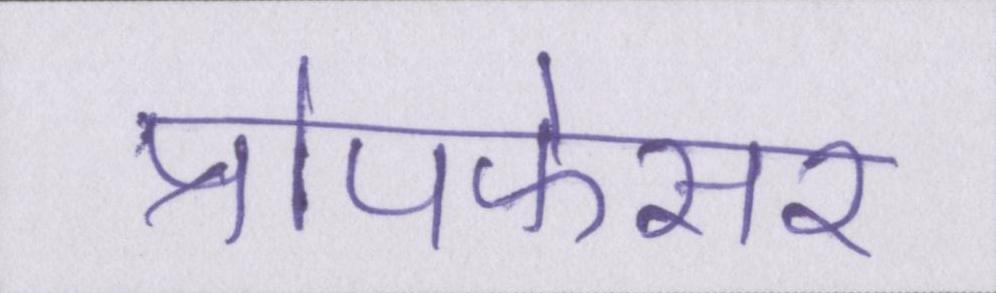
प्रोपफेसर